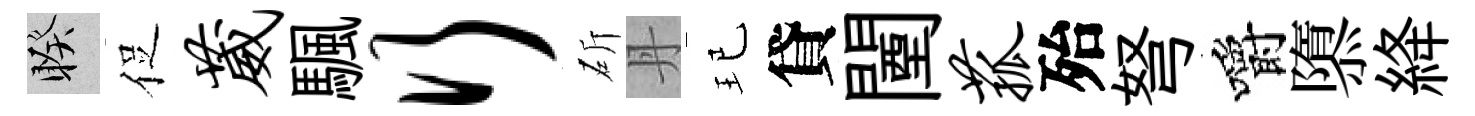
睽促葳颿行斫丹玘貸闉菰殆弩嚼隳絳